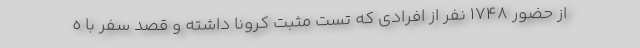
از حضور ۱۷۴۸ نفر از افرادی که تست مثبت کرونا داشته و قصد سفر با ه